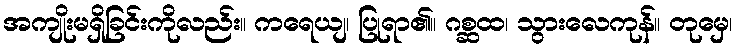
အကျိုးမရှိခြင်းကိုလည်း။ ကရေယျ၊ ပြုရာ၏။ ဂစ္ဆထ၊ သွားလေကုန်။ တုမှေ၊